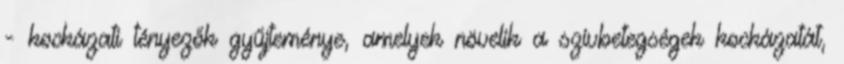
- kockázati tényezők gyűjteménye, amelyek növelik a szívbetegségek kockázatát,